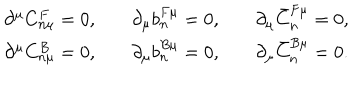
LaTeX: \begin{array} { c c c } { { \partial ^ { \mu } C _ { n \mu } ^ { F } = 0 , } } & { { \quad \partial _ { \mu } b _ { n } ^ { F \mu } = 0 , } } & { { \quad \partial _ { \mu } \bar { C } _ { n } ^ { F \mu } = 0 , } } \\ { { \partial ^ { \mu } C _ { n \mu } ^ { B } = 0 , } } & { { \quad \partial _ { \mu } b _ { n } ^ { B \mu } = 0 , } } & { { \quad \partial _ { \mu } \bar { C } _ { n } ^ { B \mu } = 0 . } } \\ \end{array}